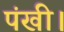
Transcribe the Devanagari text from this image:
पंखी।